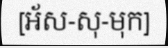
[អ័ស-សុ-មុក]